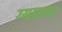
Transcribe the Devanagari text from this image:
ग्यालवा